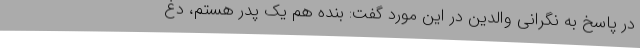
در پاسخ به نگرانی والدین در این مورد گفت: بنده هم یک پدر هستم، دغ